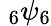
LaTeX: \; _{6}\psi_{6}